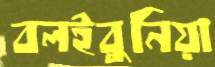
বলইবুনিয়া